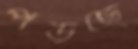
পড়ছে